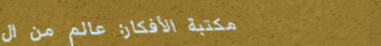
مكتبة الأفكار: عالم من ال